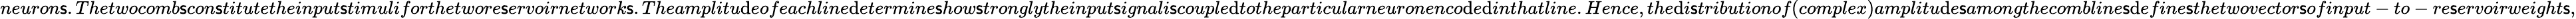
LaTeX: neuron\mathsf{s}.Thetwocomb\mathsf{s}con\mathsf{s}titutetheinput\mathsf{s}timuliforthetwore\mathsf{s}ervoirnetwork\mathsf{s}.Theamplitu\mathrm{d}eofeachline\mathrm{d}etermine\mathsf{s}how\mathsf{s}tronglytheinput\mathsf{s}ignali\mathsf{s}couple\mathrm{d}totheparticularneuronenco\mathrm{d}e\mathrm{d}inthatline.Hence,the\mathrm{d}i\mathsf{s}tributionof(complex)amplitu\mathrm{d}e\mathsf{s}amongthecombline\mathsf{s}\mathrm{d}efine\mathsf{s}thetwovector\mathsf{s}ofinput-to-re\mathsf{s}ervoirweight\mathsf{s},